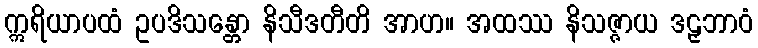
ဣရိယာပထံ ဥပဒိသန္တော နိသီဒတီတိ အာဟ။ အထဿ နိသဇ္ဇာယ ဒဠှဘာဝံ